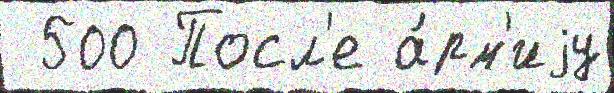
 500 Посл'е а́рм'иjу